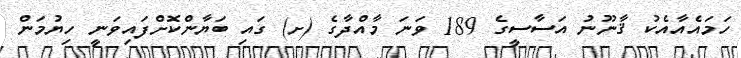
ހަމައެއާއެކު ޤާނޫނު އަސާސީގެ 189 ވަނަ މާއްދާގެ (ށ) ގައި ބަޔާންކޮށްފައިވަނީ ހިޔުމަން